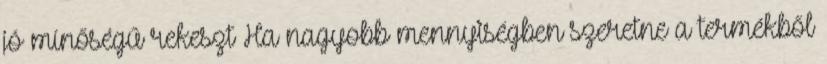
jó mínőségű rekeszt Ha nagyobb mennyiségben szeretne a termékből